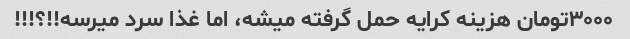
۳۰۰۰تومان هزینه کرایه حمل گرفته میشه، اما غذا سرد میرسه!!؟!!!